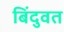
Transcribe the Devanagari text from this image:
बिंदुवत